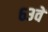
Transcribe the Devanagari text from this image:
६३वें